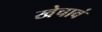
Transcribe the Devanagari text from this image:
खेचावं